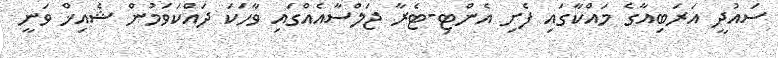
ސައުދީ އަރަބިއާގެ މައްކާގައި ފެށި އެންޓި-ޓެރާ ޖަލްސާއެއްގައި ވާހަކަ ދައްކަވަމުން ޝެއިޚް ވަނީ